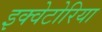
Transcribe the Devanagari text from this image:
इक्वेटोरिया